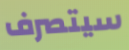
سيتصرف